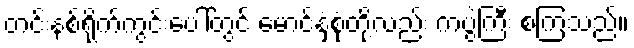
တင်းနစ်ရိုက်ကွင်းပေါ်တွင် မောင်နှံစုံတို့လည်း ကပွဲကြီး စကြသည်။